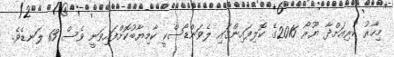
މިހާރު ކުރިއަށްދާ ޔޫރޯ 2016ގެ ކޮލިފައިންގައި ލެވަންޑޯސްކީ ކާމިޔާބުކޮށްފައިވަނީ ވެސް 13 ލަނޑެވެ.